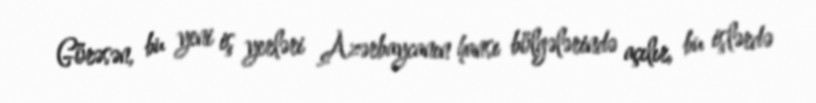
Görəsən, bu yeni iş yerləri Azərbaycanın hansı bölgələrində açılır, bu işlərdə